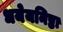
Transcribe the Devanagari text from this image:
धयेयनिष्ठा